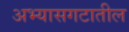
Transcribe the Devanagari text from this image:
अभ्यासगटातील